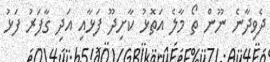
ދެވިދާނެ ނޫން ތޯ މާލެ އަތޮޅު ކާށިދޫ ފަޅާއި އަދި ގާފަރު ފަޅު